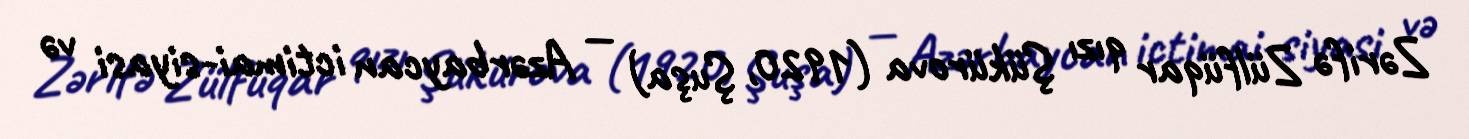
Zərifə Zülfüqar qızı Şükürova (1920, Şuşa) — Azərbaycan ictimai-siyasi və